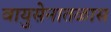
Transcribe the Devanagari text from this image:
वायुसेनातळास